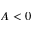
A < 0